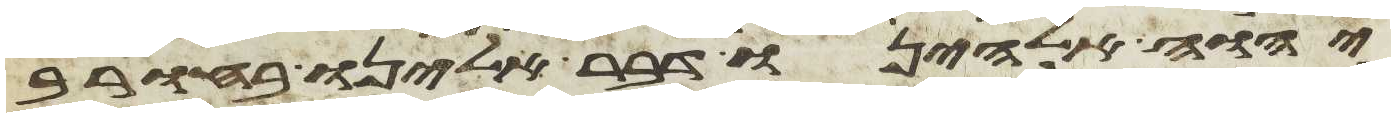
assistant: יהוה אלהינו דבר אלינו בחורב